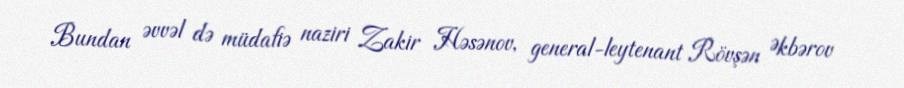
Bundan əvvəl də müdafiə naziri Zakir Həsənov, general-leytenant Rövşən Əkbərov